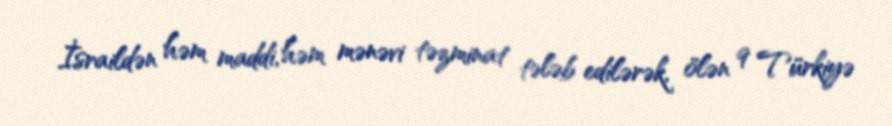
İsraildən həm maddi, həm mənəvi təzminat tələb edilərək, ölən 9 Türkiyə